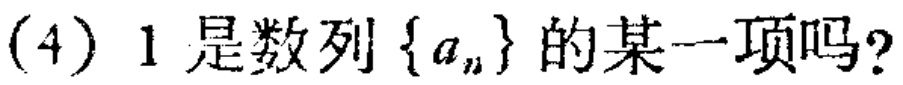
(4) 1是数列\(\{a_{n}\}\)的某一项吗？